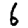
Digit: 6